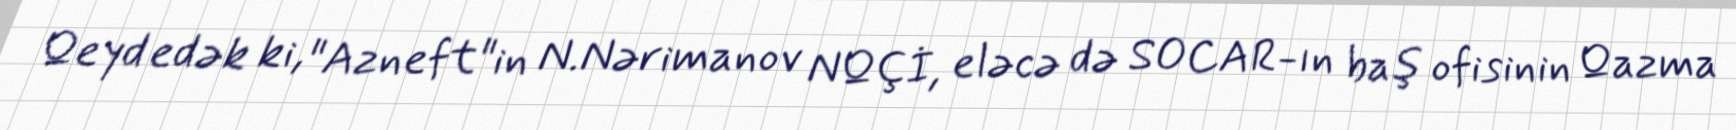
Qeyd edək ki, "Azneft"in N.Nərimanov NQÇİ, eləcə də SOCAR-ın baş ofisinin Qazma